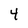
Character: 4